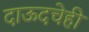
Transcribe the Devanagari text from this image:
दाऊदचेही